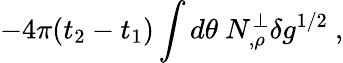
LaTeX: -4\pi(t_{2}-t_{1})\int d\theta\ N_{,\rho}^{\perp}\delta g^{1/2}\ ,